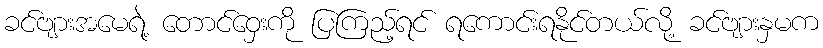
ခင်ဗျားအမေရဲ့ တောင်ဝှေးကို ပြကြည့်ရင် ရကောင်းရနိုင်တယ်လို့ ခင်ဗျားနှမက